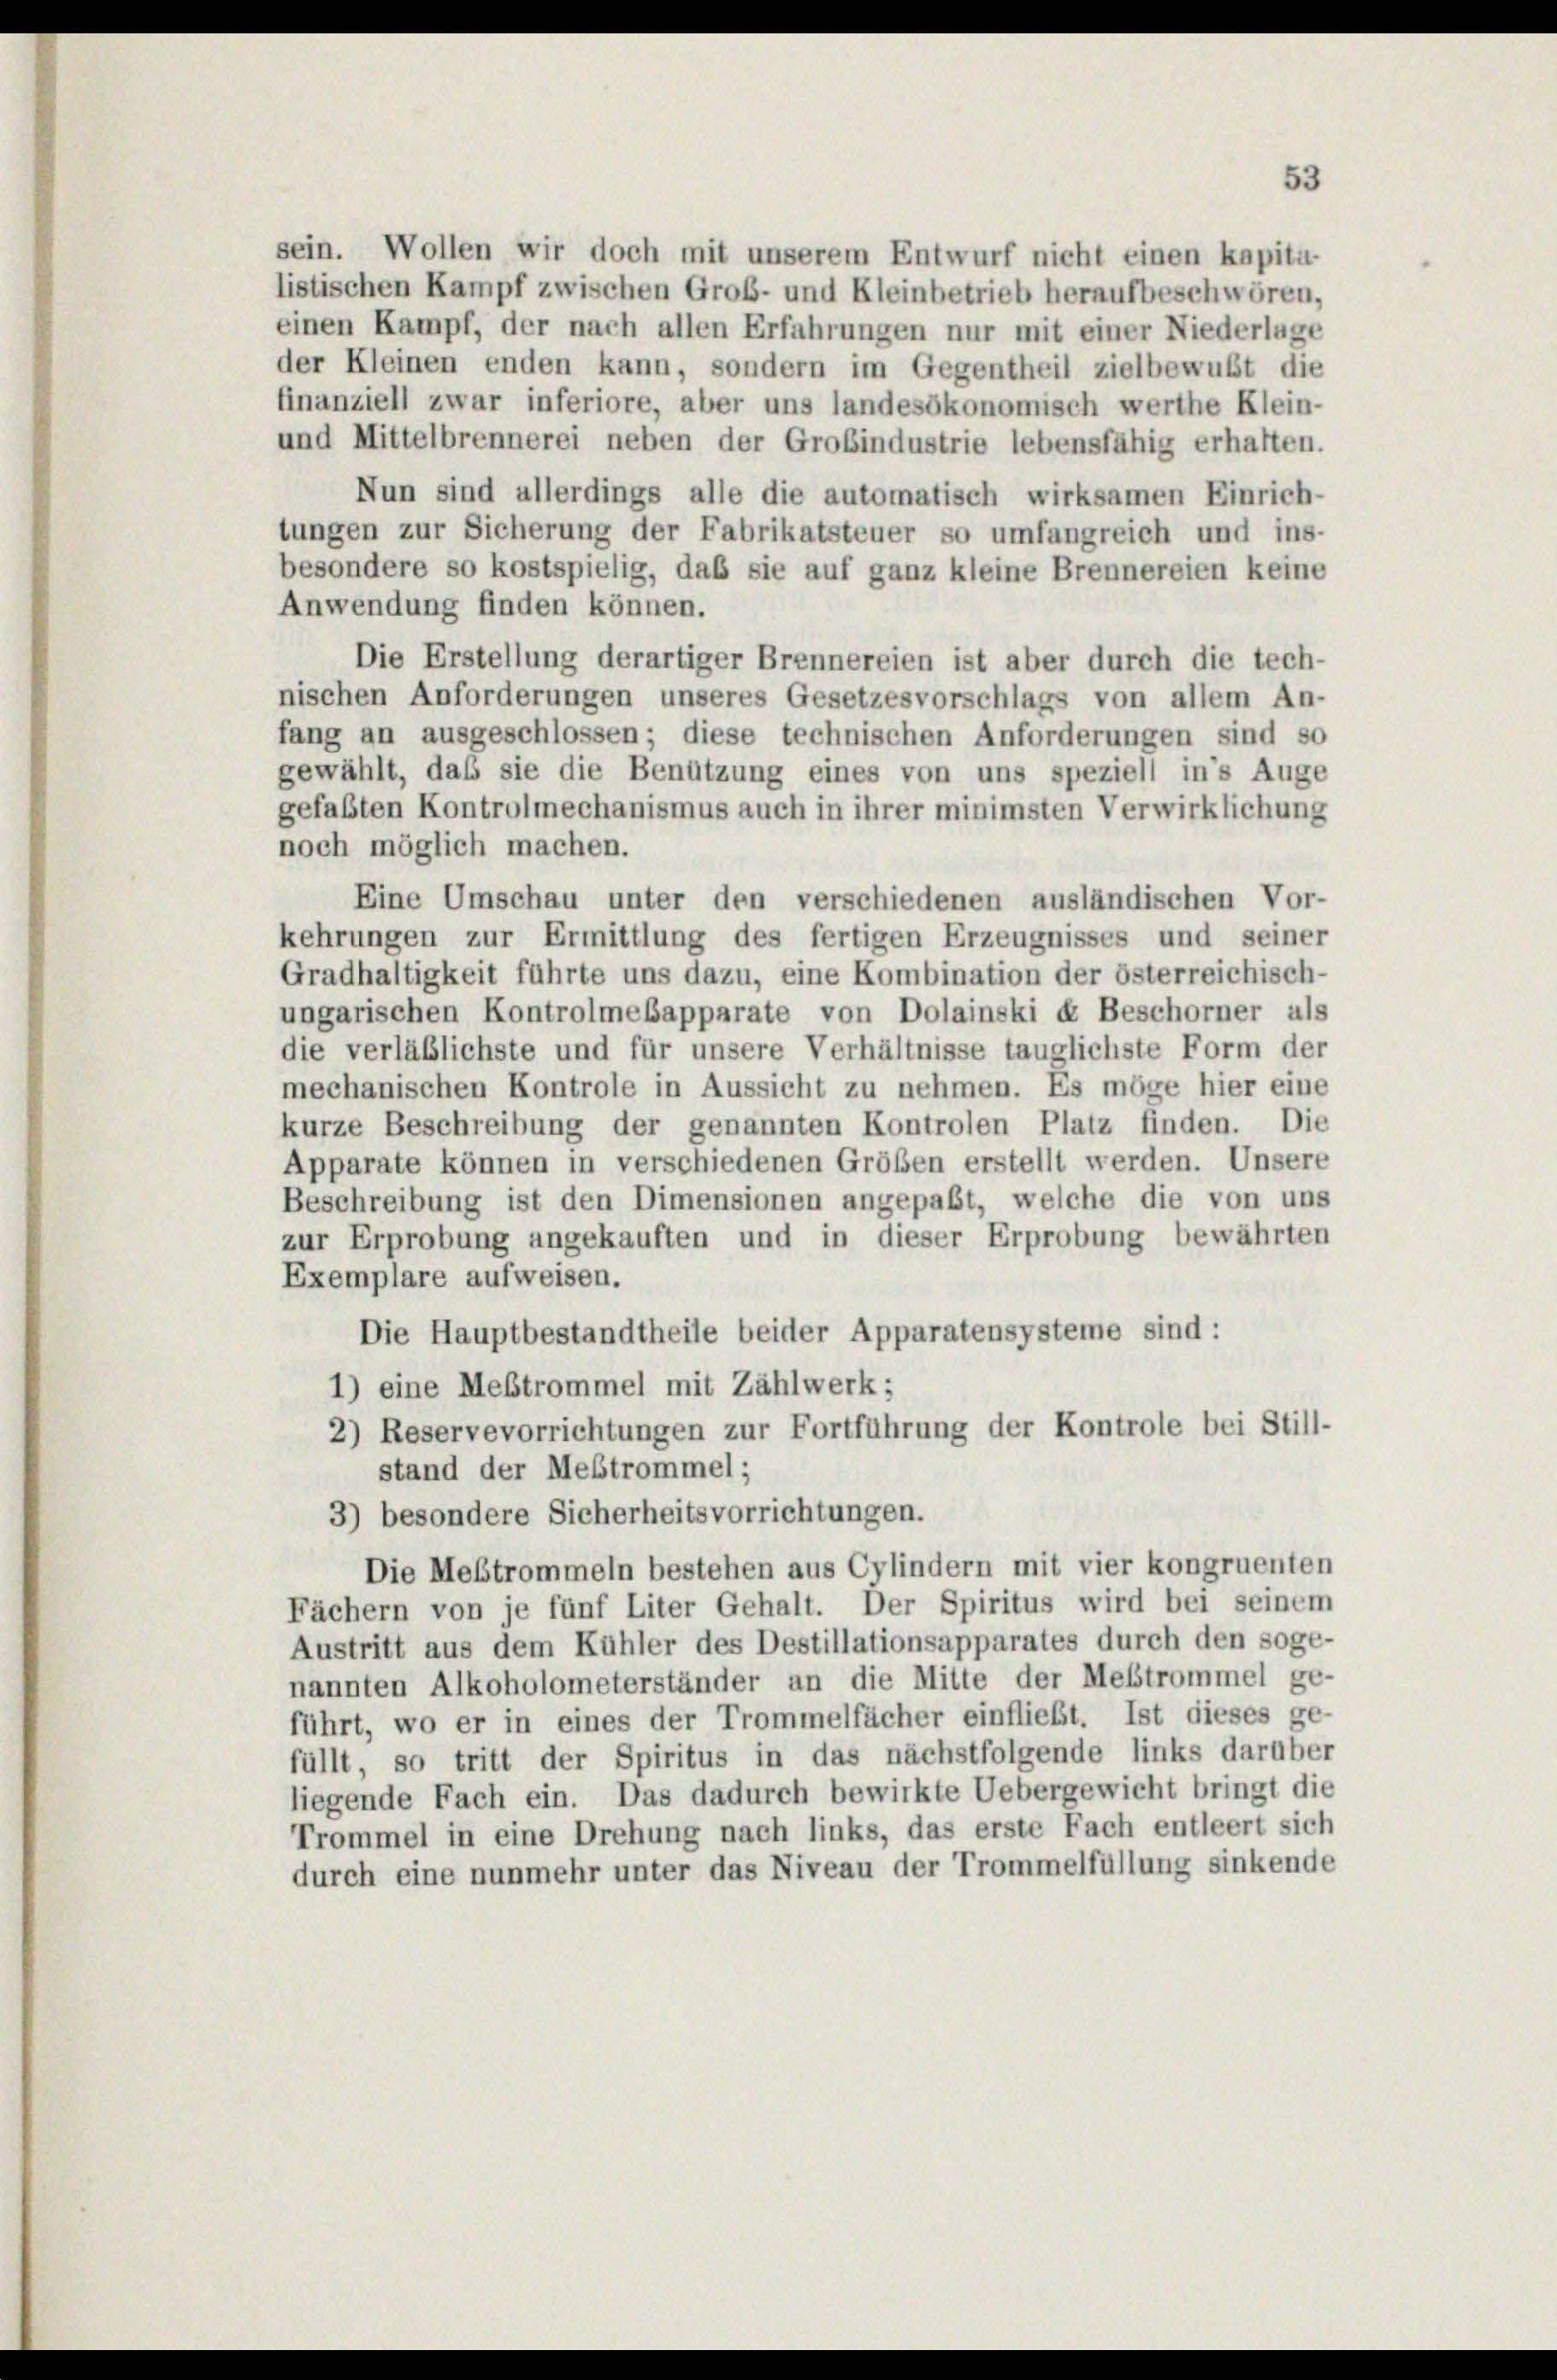
sein. Wollen wir doch mit unserem Entwurf nicht einen kapita-
listischen Kampf zwischen Groß- und Kleinbetrieb heraufbeschwören,
einen Kampf, der nach allen Erfahrungen nur mit einer Niederlage
der Kleinen enden kann, sondern im Gegentheil zielbewußt die
finanziell zwar inferiore, aber uns landesökonomisch werthe Klein-
und Mittelbrennerei neben der Grobindustrie lebensfähig erhalten.
Nun sind allerdings alle die automatisch wirksamen Einrich-
tungen zur Sicherung der Fabrikatsteuer so umfangreich und ins-
besondere so kostspielig, daß sie auf ganz kleine Brennereien keine
Anwendung finden können.
Die Erstellung derartiger Brennereien ist aber durch die tech-
nischen Anforderungen unseres Gesetzesvorschlags von allem An-
fang an ausgeschlossen; diese technischen Anforderungen sind so
gewählt, daß sie die Benützung eines von uns speziell in’s Auge
gefaßten Kontrolmechanismus auch in ihrer minimsten Verwirklichung
noch möglich machen.
Eine Umschau unter den verschiedenen ausländischen Vor-
kehrungen zur Ermittlung des fertigen Erzeugnisses und seiner
Gradhaltigkeit führte uns dazu, eine Kombination der österreichisch-
ungarischen KontrolmeBapparate von Dolainski de Beschorner als
die verläßlichste und für unsere Verhältnisse tauglichste Form der
mechanischen Kontrole in Aussicht zu nehmen. Es möge hier eine
kurze Beschreibung der genannten Kontrolen Platz finden. Die
Apparate können in verschiedenen Größen erstellt werden. Unsere
Beschreibung ist den Dimensionen angepaßt, welche die von uns
zur Erprobung angekauften und in dieser Erprobung bewährten
Exemplare aufweisen.
Die Hauptbestandtheile beider Apparatensysteme sind:

1) eine Mestrommel mit Zählwerk;
2) Reservevorrichtungen zur Fortführung der Kontrole bei Still-
stand der Mestrommel;
3) besondere Sicherheitsvorrichtungen.
Die Mestrommeln bestehen aus Cylindern mit vier kongruenten
Fächern von je fünf Liter Gehalt. Der Spiritus wird bei seinem
Austritt aus dem Kühler des Destillationsapparates durch den soge-
nannten Alkoholometerständer an die Mitte der Meistrommel ge-
führt, wo er in eines der Trommelfacher einfliebt. Ist dieses ge-
füllt, so tritt der Spiritus in das nächstfolgende links darüber
liegende Fach ein. Das dadurch bewirkte Uebergewicht bringt die
Trommel in eine Drehung nach links, das erste Fach entleert sich
durch eine nunmehr unter das Niveau der Trommelfüllung sinkende

53